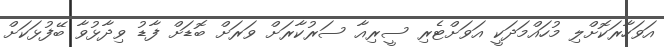
އަވަހާރަކޮށްލި މުހައްމަދަކީ އަވަށްޓެރި ސީރިއާ ސަރުކާރަށް ވަރަށް ބޮޑަށް ފާޑު ވިދާޅުވާ ބޭފުޅަކަށް